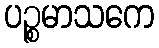
ပဉ္စမာသကေ